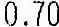
0.70